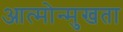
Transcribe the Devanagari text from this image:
आत्मोन्मुखता